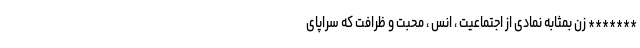
******* زن بمثابه نمادی از اجتماعیت ، انس ، محبت و ظرافت که سراپای